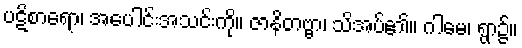
ပဋိစာရော၊ အပေါင်းအသင်းကို။ ဇာနိတဗ္ဗာ၊ သိအပ်၏။ ဂါမေ၊ ရွာ၌။